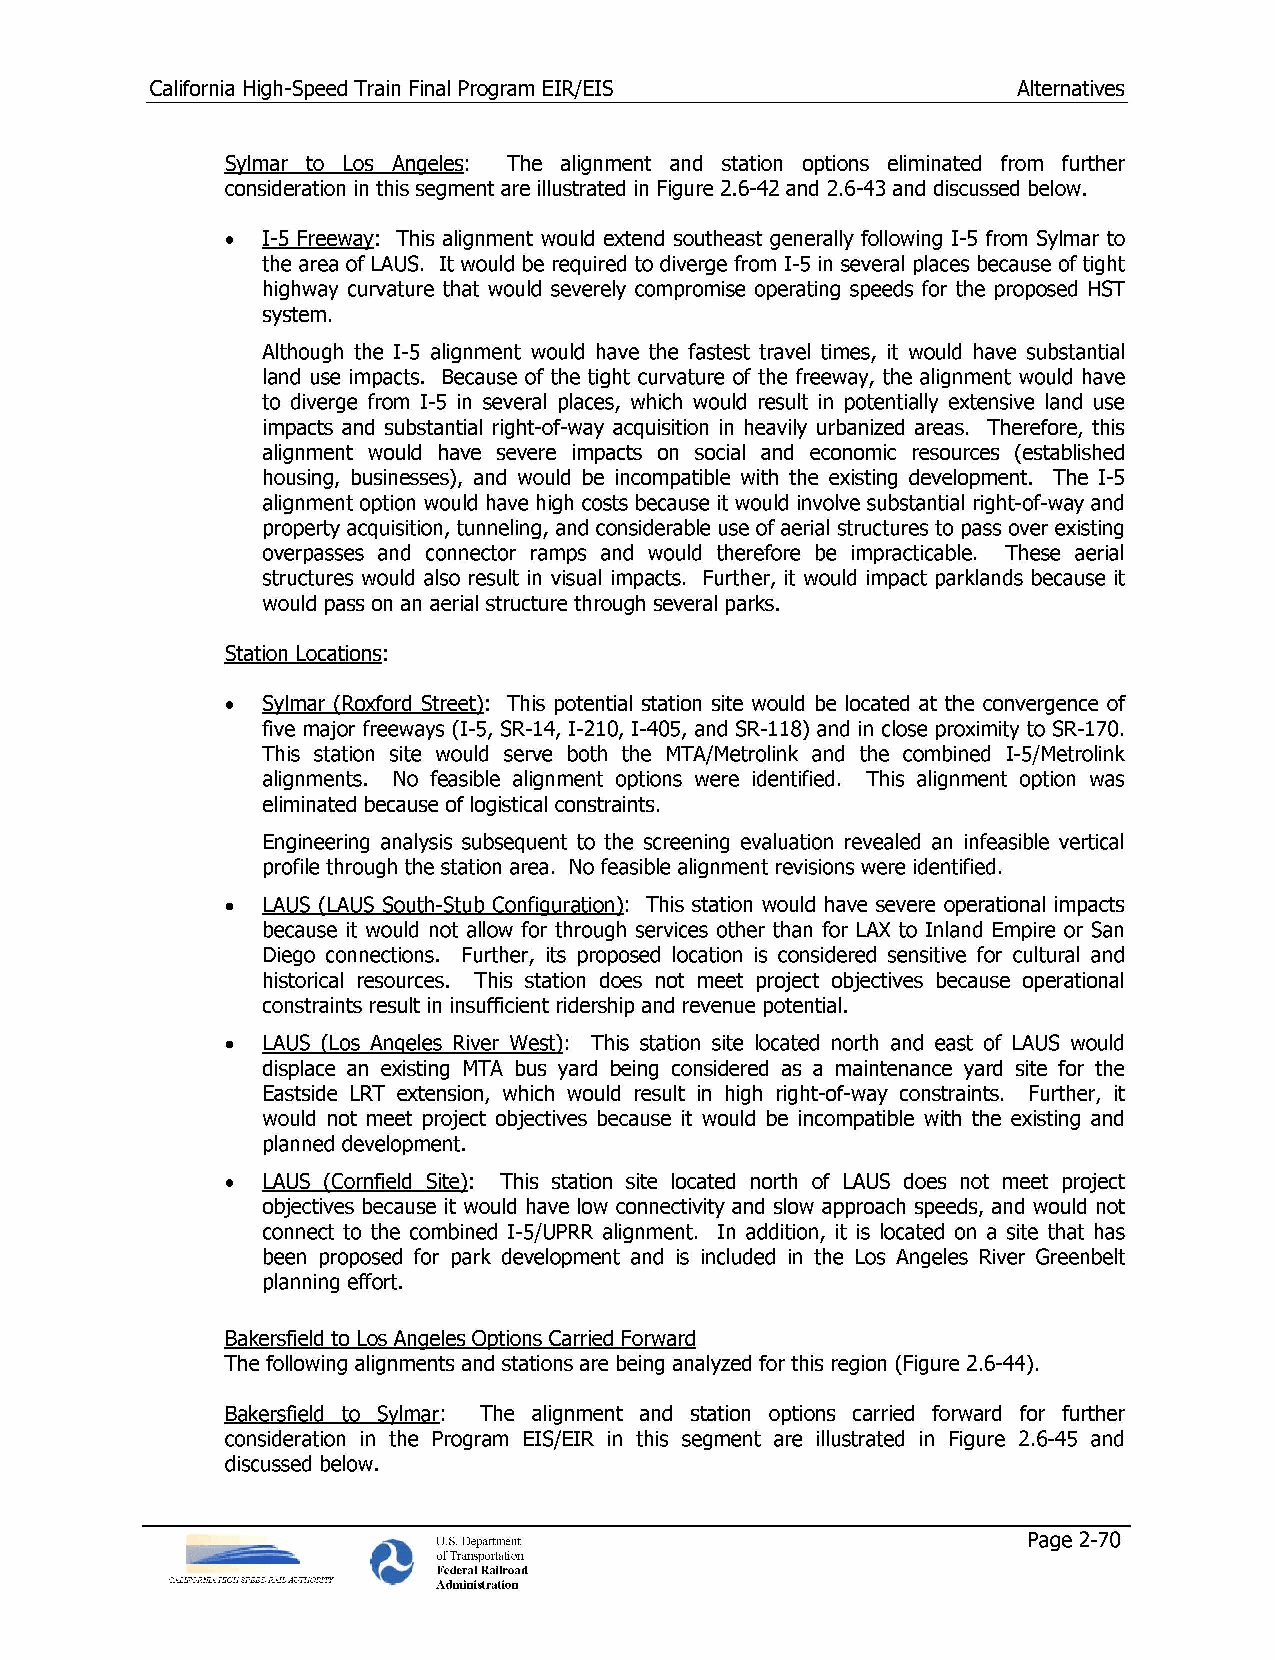
California High-Speed Train Final Program EIR/EIS        Alternatives
 Sylmar to Los Angeles: The alignment and station options eliminated from further
 consideration in this segment are illustrated in Figure 2.6-42 and 2.6-43 and discussed below.
 • I-5 Freeway: This alignment would extend southeast generally following I-5 from Sylmar to
 the area of LAUS. It would be required to diverge from I-5 in several places because of tight
 highway curvature that would severely compromise operating speeds for the proposed HST
 system.
 Although the I-5 alignment would have the fastest travel times, it would have substantial
 land use impacts. Because of the tight curvature of the freeway, the alignment would have
 to diverge from I-5 in several places, which would result in potentially extensive land use
 impacts and substantial right-of-way acquisition in heavily urbanized areas. Therefore, this
 alignment would have severe impacts on social and economic resources (established
 housing, businesses), and would be incompatible with the existing development. The I-5
 alignment option would have high costs because it would involve substantial right-of-way and
 property acquisition, tunneling, and considerable use of aerial structures to pass over existing
 overpasses and connector ramps and would therefore be impracticable. These aerial
 structures would also result in visual impacts. Further, it would impact parklands because it
 would pass on an aerial structure through several parks.
 Station Locations:
 • Sylmar CRoxford Street): This potential station site would be located at the convergence of
 five major freeways (I-5, SR-14, I-210, I-405, and SR-118) and in close proximity to SR-170.
 This station site would serve both the MTA/Metrolink and the combined I-5/Metrolink
 alignments. No feasible alignment options were identified. This alignment option was
 eliminated because of logistical constraints.
 Engineering analysis subsequent to the screening evaluation revealed an infeasible vertical
 profile through the station area. No feasible alignment revisions were identified.
 • LAUS CLAUS South-Stub Configuration): This station would have severe operational impacts
 because it would not allow for through services other than for LAX to Inland Empire or San
 Diego connections. Further, its proposed location is considered sensitive for cultural and
 historical resources. This station does not meet project objectives because operational
 constraints result in insufficient ridership and revenue potential.
 • LAUS (Los Angeles River West): This station site located north and east of LAUS would
 displace an existing MTA bus yard being considered as a maintenance yard site for the
 Eastside LRT extension, which would result in high right-of-way constraints. Further, it
 would not meet project objectives because it would be incompatible with the existing and
 planned development.
 • LAUS (Cornfield Site): This station site located north of LAUS does not meet project
 objectives because it would have low connectivity and slow approach speeds, and would not
 connect to the combined I-5/UPRR alignment. In addition, it is located on a site that has
 been proposed for park development and is included in the Los Angeles River Greenbelt
 planning effort.
 Bakersfield to Los Angeles Options Carried Forward
 The following alignments and stations are being analyzed for this region (Figure 2.6-44).
 Bakersfield to Sylmar: The alignment and station options carried forward for further
 consideration in the Program EIS/EIR in this segment are illustrated in Figure 2.6-45 and
 discussed below.
 U.S. Department                        Page 2-70
 of Transportation
 Federal Railroad
 Administration